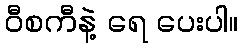
ဝီစကီနဲ့ ရေ ပေးပါ။